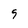
Character: 5